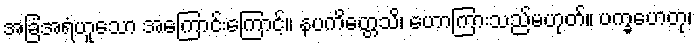
အခြံအရံဟူသော အကြောင်းကြောင့်။ နပကိတ္တေသိ၊ ဟောကြားသည်မဟုတ်။ ပက္ခဟေတု၊